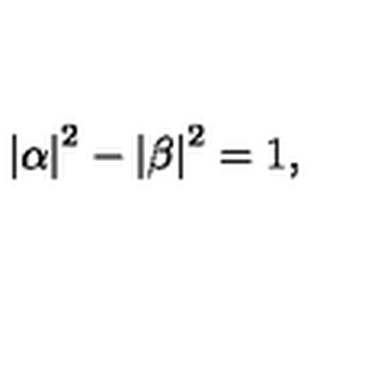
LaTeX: \left| \alpha \right| ^ { 2 } - \left| \beta \right| ^ { 2 } = 1 ,